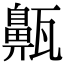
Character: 齀